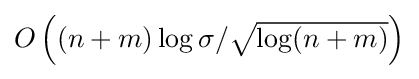
{\textstyle O\left((n+m)\log \sigma /{\sqrt {\log(n+m)}}\right)}